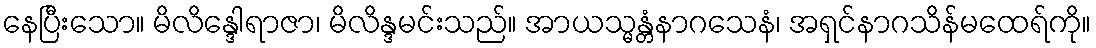
နေပြီးသော။ မိလိန္ဒေါရာဇာ၊ မိလိန္ဒမင်းသည်။ အာယသ္မန္တံနာဂသေနံ၊ အရှင်နာဂသိန်မထေရ်ကို။